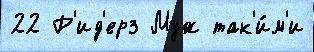
22 Р'ид'ерз Муж так'и́м'и